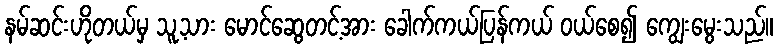
နမ်ဆင်းဟိုတယ်မှ သူ့သား မောင်ဆွေတင့်အား ခေါက်ကယ်ပြန်ကယ် ဝယ်စေ၍ ကျွေးမွေးသည်။